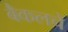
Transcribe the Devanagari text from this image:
बैकलचे